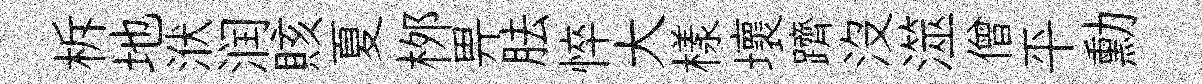
柝地洑润賅夏桞畀胠悴大樣壞躋没澨僧平勳